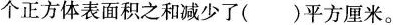
个正方体表面积之和减少了()平方厘米。